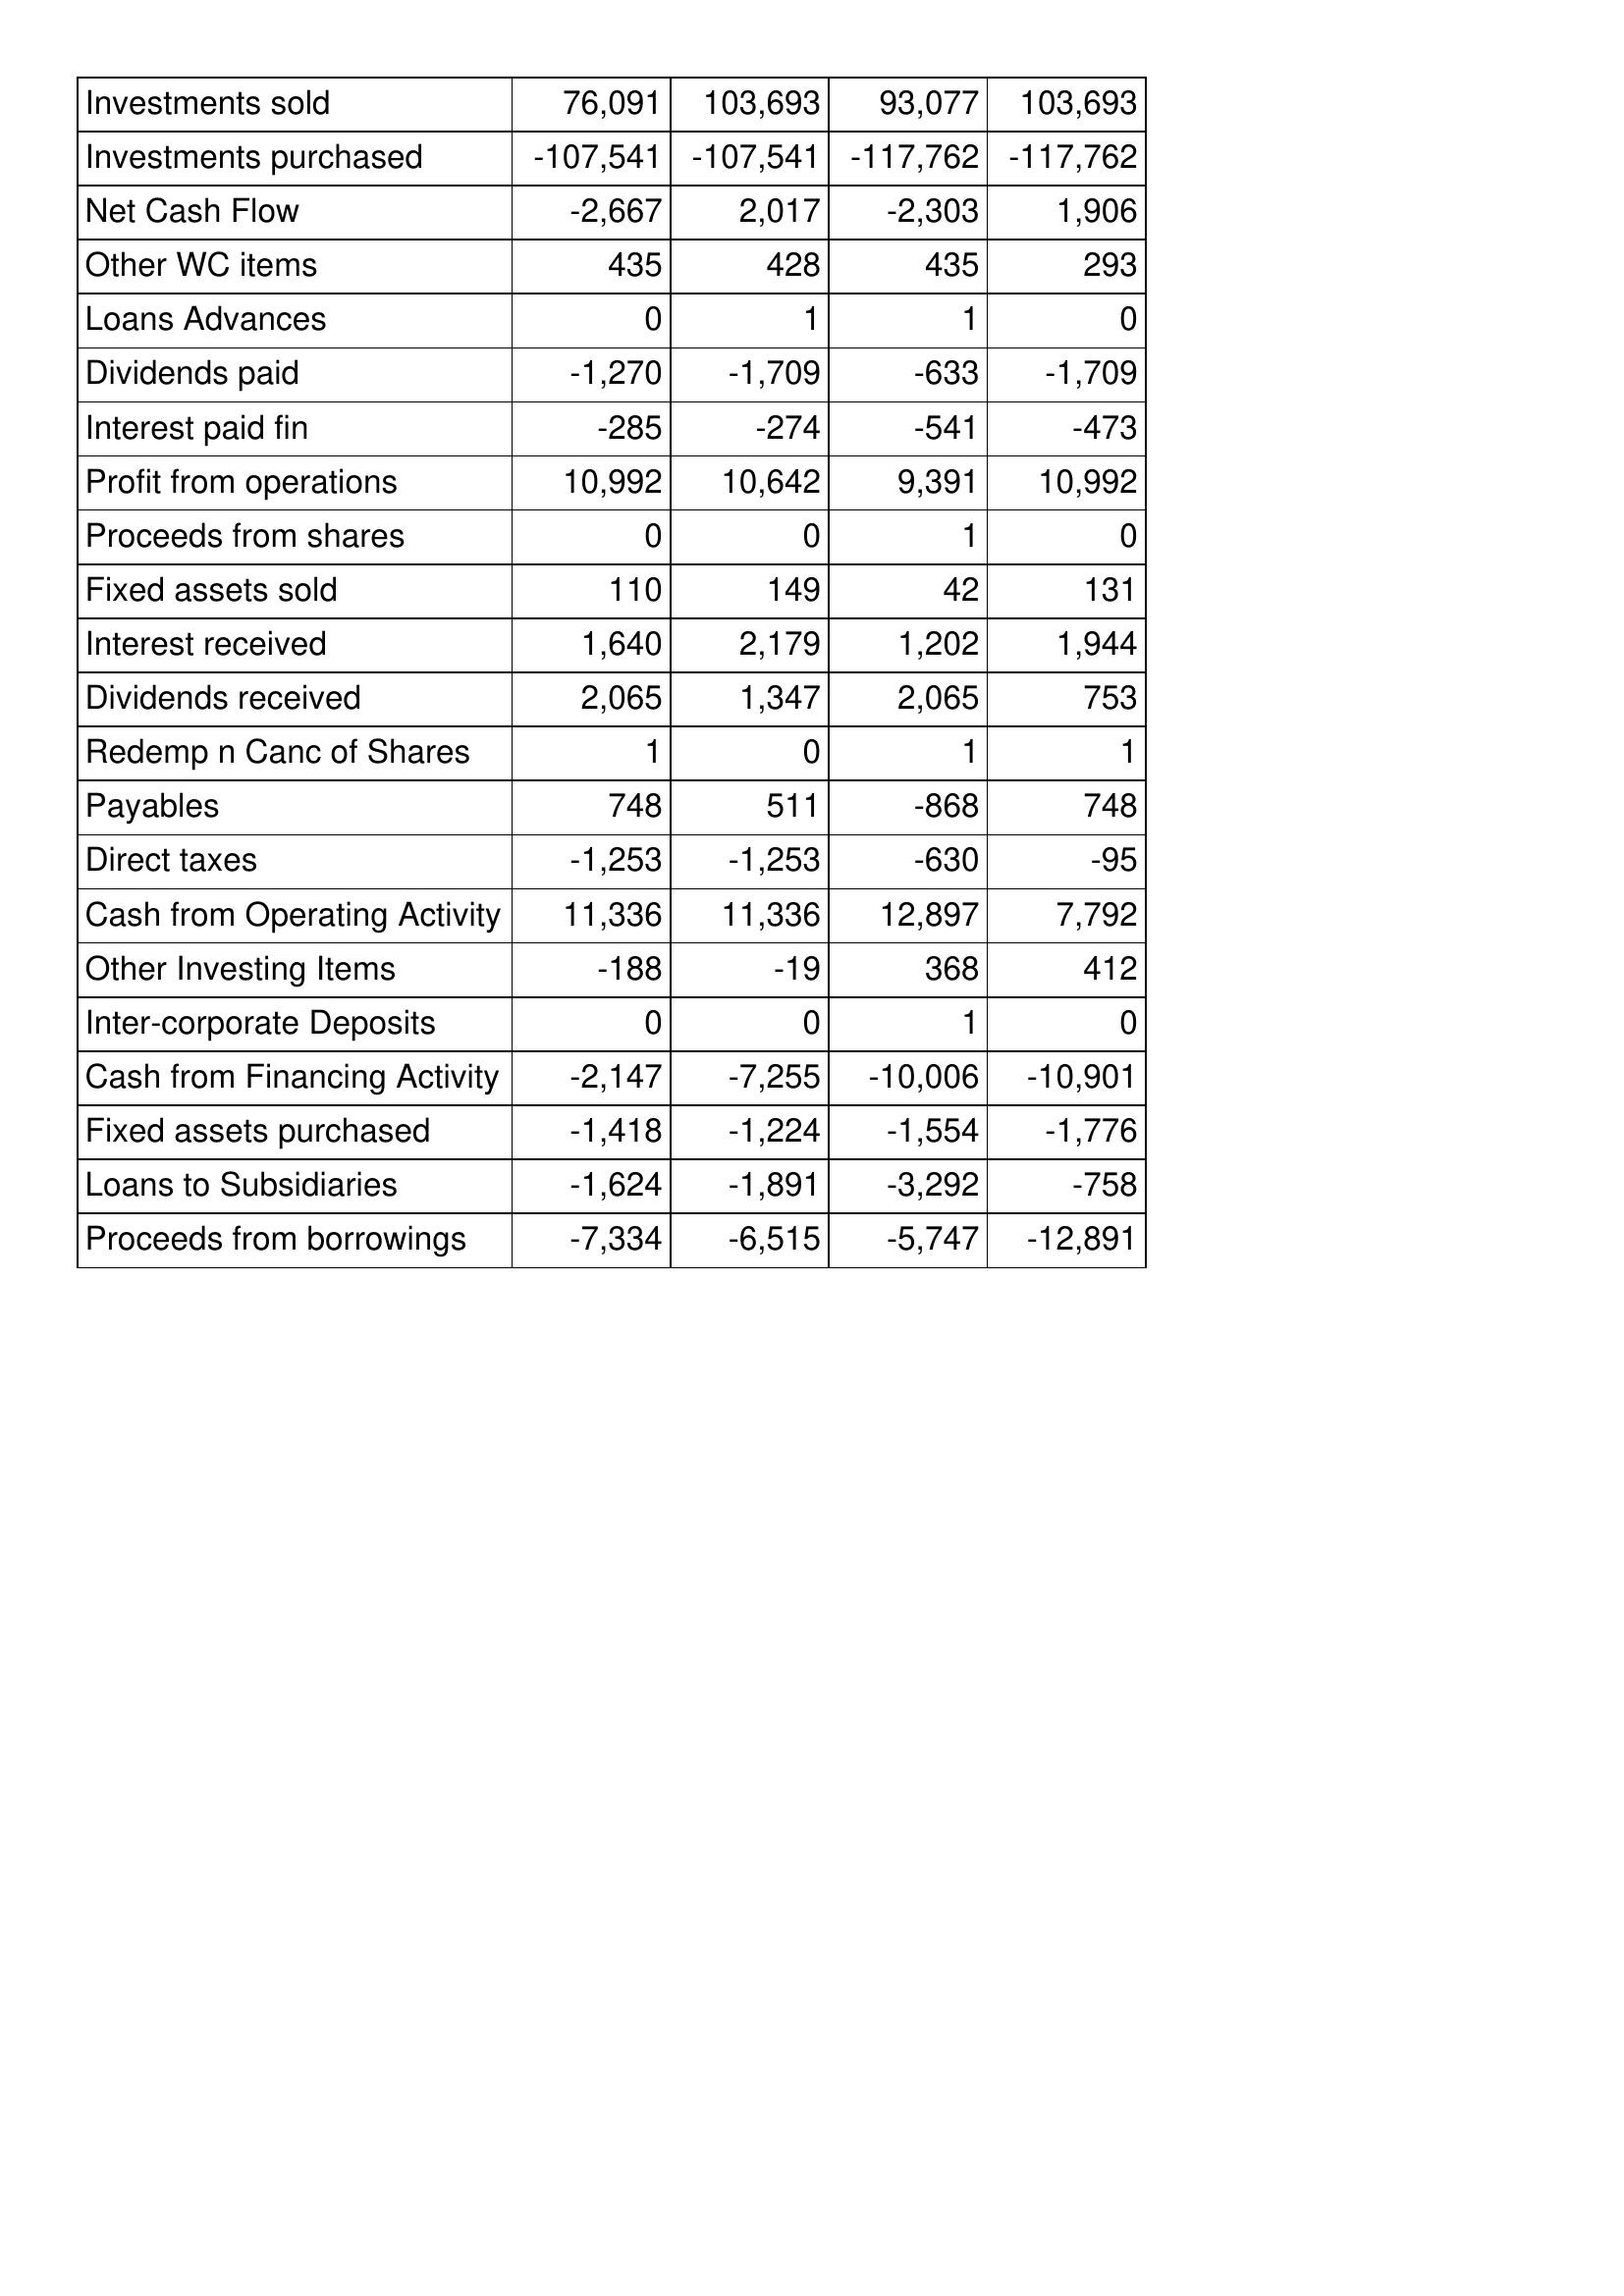
Jun-19: Cash Flows: Investments sold: 76,091
Investments purchased: -107,541
Net Cash Flow: -2,667
Other WC items: 435
Loans Advances: 0
Dividends paid: -1,270
Interest paid fin: -285
Profit from operations: 10,992
Proceeds from shares: 0
Fixed assets sold: 110
Interest received: 1,640
Dividends received: 2,065
Redemp n Canc of Shares: 1
Payables: 748
Direct taxes: -1,253
Cash from Operating Activity: 11,336
Other Investing Items: -188
Inter-corporate Deposits: 0
Cash from Financing Activity: -2,147
Fixed assets purchased: -1,418
Loans to Subsidiaries: -1,624
Proceeds from borrowings: -7,334
Jun-18: Cash Flows: Investments sold: 103,693
Investments purchased: -107,541
Net Cash Flow: 2,017
Other WC items: 428
Loans Advances: 1
Dividends paid: -1,709
Interest paid fin: -274
Profit from operations: 10,642
Proceeds from shares: 0
Fixed assets sold: 149
Interest received: 2,179
Dividends received: 1,347
Redemp n Canc of Shares: 0
Payables: 511
Direct taxes: -1,253
Cash from Operating Activity: 11,336
Other Investing Items: -19
Inter-corporate Deposits: 0
Cash from Financing Activity: -7,255
Fixed assets purchased: -1,224
Loans to Subsidiaries: -1,891
Proceeds from borrowings: -6,515
Jun-17: Cash Flows: Investments sold: 93,077
Investments purchased: -117,762
Net Cash Flow: -2,303
Other WC items: 435
Loans Advances: 1
Dividends paid: -633
Interest paid fin: -541
Profit from operations: 9,391
Proceeds from shares: 1
Fixed assets sold: 42
Interest received: 1,202
Dividends received: 2,065
Redemp n Canc of Shares: 1
Payables: -868
Direct taxes: -630
Cash from Operating Activity: 12,897
Other Investing Items: 368
Inter-corporate Deposits: 1
Cash from Financing Activity: -10,006
Fixed assets purchased: -1,554
Loans to Subsidiaries: -3,292
Proceeds from borrowings: -5,747
Jun-16: Cash Flows: Investments sold: 103,693
Investments purchased: -117,762
Net Cash Flow: 1,906
Other WC items: 293
Loans Advances: 0
Dividends paid: -1,709
Interest paid fin: -473
Profit from operations: 10,992
Proceeds from shares: 0
Fixed assets sold: 131
Interest received: 1,944
Dividends received: 753
Redemp n Canc of Shares: 1
Payables: 748
Direct taxes: -95
Cash from Operating Activity: 7,792
Other Investing Items: 412
Inter-corporate Deposits: 0
Cash from Financing Activity: -10,901
Fixed assets purchased: -1,776
Loans to Subsidiaries: -758
Proceeds from borrowings: -12,891